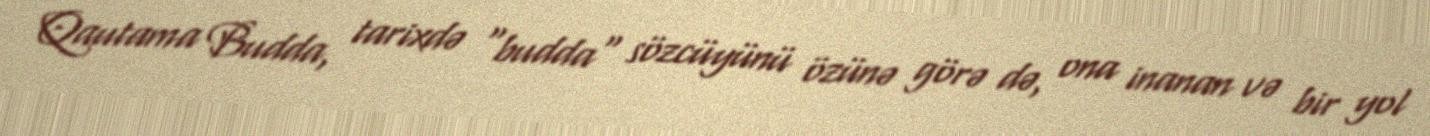
Qautama Budda, tarixdə "budda" sözcüyünü özünə görə də, ona inanan və bir yol